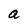
Character: a